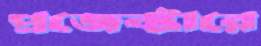
প্রজেক্টারে